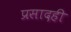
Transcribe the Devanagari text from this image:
प्रसादही